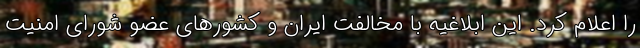
را اعلام کرد. این ابلاغیه با مخالفت ایران و کشورهای عضو شورای امنیت